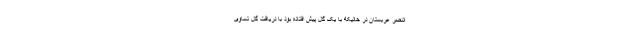
النصر عربستان در حالیکه با یک گل پیش افتاده بود با دریافت گل تساوی